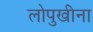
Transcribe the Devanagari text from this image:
लोपुखीना